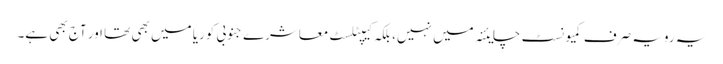
یہ رویہ صرف کمیونسٹ چایئنہ میں نہیں، بلکہ کیپٹلسٹ معاشرے جنوبی کوریا میں بھی تھا اور آج بھی ہے۔